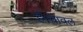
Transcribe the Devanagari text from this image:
हैं।चावल